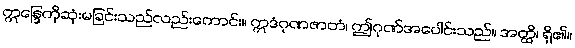
ဣန္ဒြေကိုဆုံးမခြင်းသည်လည်းကောင်း။ ဣဒံဂုဏဇာတံ၊ ဤဂုဏ်အပေါင်းသည်။ အတ္ထိ၊ ရှိ၏။